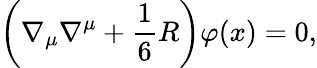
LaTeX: \left(\nabla_{\mu}\nabla^{\mu}+\frac{1}{6}R\right)\varphi(x)=0,